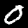
Digit: 0